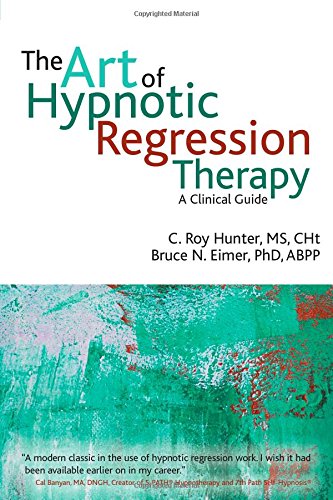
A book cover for The Art of Hypnotic Regression Therapy: A Clinical Guide; C. Roy Hunter; Health, Fitness & Dieting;